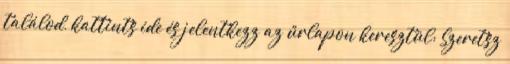
találod, kattints ide és jelentkezz az űrlapon keresztül: Szeretsz